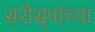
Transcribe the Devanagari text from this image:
सरीसृपांच्या